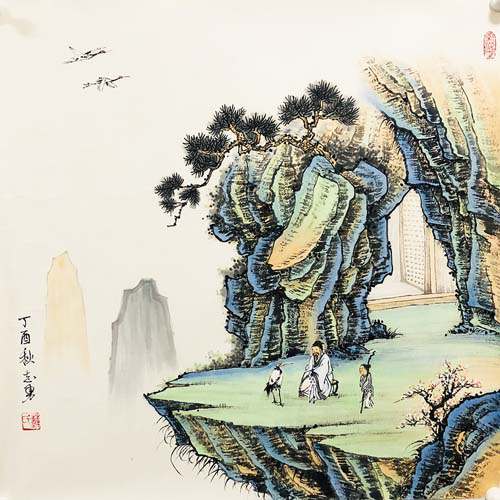
池塘生春草，园柳变鸣禽。